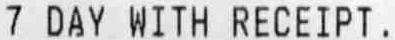
7 DAY WITH RECEIPT,